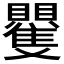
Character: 𮚭